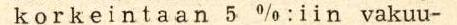
k o r k e i n t a a n 5 %:iin vakuu-